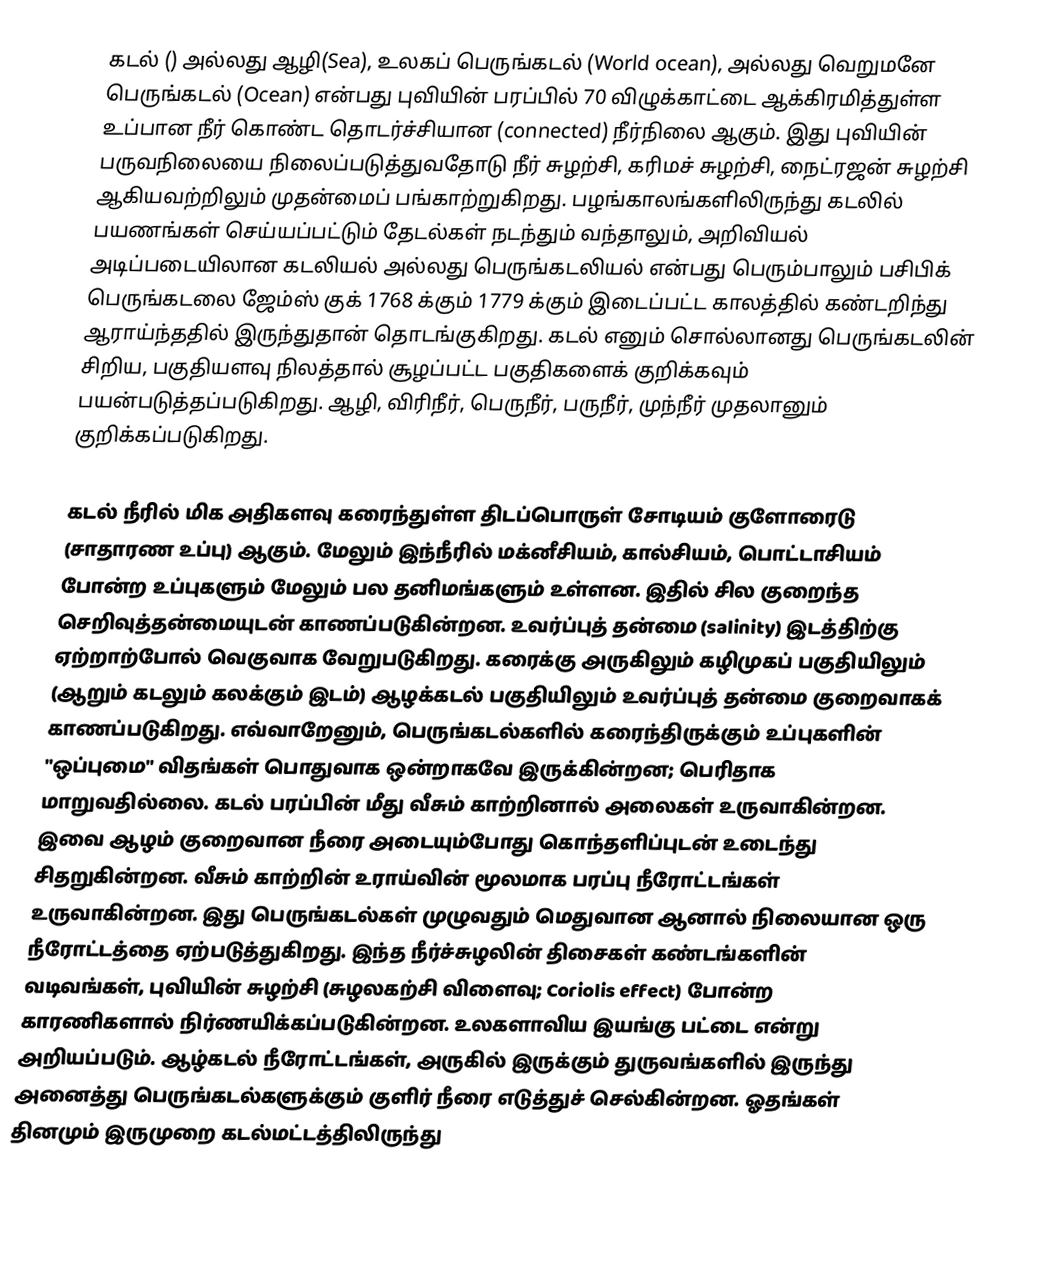
கடல் ()  அல்லது ஆழி(Sea), உலகப் பெருங்கடல் (World ocean), அல்லது வெறுமனே பெருங்கடல் (Ocean) என்பது புவியின் பரப்பில் 70 விழுக்காட்டை ஆக்கிரமித்துள்ள உப்பான நீர் கொண்ட தொடர்ச்சியான (connected) நீர்நிலை ஆகும். இது புவியின் பருவநிலையை நிலைப்படுத்துவதோடு நீர் சுழற்சி, கரிமச் சுழற்சி, நைட்ரஜன் சுழற்சி ஆகியவற்றிலும் முதன்மைப் பங்காற்றுகிறது. பழங்காலங்களிலிருந்து கடலில் பயணங்கள் செய்யப்பட்டும் தேடல்கள் நடந்தும் வந்தாலும், அறிவியல் அடிப்படையிலான கடலியல் அல்லது பெருங்கடலியல் என்பது பெரும்பாலும் பசிபிக் பெருங்கடலை ஜேம்ஸ் குக் 1768 க்கும் 1779 க்கும் இடைப்பட்ட காலத்தில் கண்டறிந்து ஆராய்ந்ததில் இருந்துதான் தொடங்குகிறது. கடல் எனும் சொல்லானது பெருங்கடலின் சிறிய, பகுதியளவு நிலத்தால் சூழப்பட்ட பகுதிகளைக் குறிக்கவும் பயன்படுத்தப்படுகிறது. ஆழி, விரிநீர், பெருநீர், பருநீர், முந்நீர் முதலானும் குறிக்கப்படுகிறது.

கடல் நீரில் மிக அதிகளவு கரைந்துள்ள திடப்பொருள் சோடியம் குளோரைடு (சாதாரண உப்பு) ஆகும். மேலும் இந்நீரில் மக்னீசியம், கால்சியம், பொட்டாசியம் போன்ற உப்புகளும் மேலும் பல தனிமங்களும் உள்ளன. இதில் சில குறைந்த செறிவுத்தன்மையுடன் காணப்படுகின்றன. உவர்ப்புத் தன்மை (salinity) இடத்திற்கு ஏற்றாற்போல் வெகுவாக வேறுபடுகிறது. கரைக்கு அருகிலும் கழிமுகப் பகுதியிலும் (ஆறும் கடலும் கலக்கும் இடம்) ஆழக்கடல் பகுதியிலும் உவர்ப்புத் தன்மை குறைவாகக் காணப்படுகிறது. எவ்வாறேனும், பெருங்கடல்களில் கரைந்திருக்கும் உப்புகளின் "ஒப்புமை" விதங்கள் பொதுவாக ஒன்றாகவே இருக்கின்றன; பெரிதாக மாறுவதில்லை. கடல் பரப்பின் மீது வீசும் காற்றினால் அலைகள் உருவாகின்றன. இவை ஆழம் குறைவான நீரை அடையும்போது கொந்தளிப்புடன் உடைந்து சிதறுகின்றன. வீசும் காற்றின் உராய்வின் மூலமாக பரப்பு நீரோட்டங்கள் உருவாகின்றன. இது பெருங்கடல்கள் முழுவதும் மெதுவான ஆனால் நிலையான ஒரு நீரோட்டத்தை ஏற்படுத்துகிறது. இந்த நீர்ச்சுழலின் திசைகள் கண்டங்களின் வடிவங்கள், புவியின் சுழற்சி (சுழலகற்சி விளைவு; Coriolis effect) போன்ற காரணிகளால் நிர்ணயிக்கப்படுகின்றன. உலகளாவிய இயங்கு பட்டை என்று அறியப்படும். ஆழ்கடல் நீரோட்டங்கள், அருகில் இருக்கும் துருவங்களில் இருந்து அனைத்து பெருங்கடல்களுக்கும் குளிர் நீரை எடுத்துச் செல்கின்றன. ஓதங்கள் தினமும் இருமுறை கடல்மட்டத்திலிருந்து